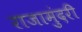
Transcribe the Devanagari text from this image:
राजामुंदरी